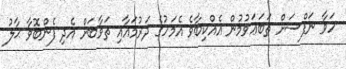
ހަވާ ނަފްސަށް ތަބަޢަވުމުން އެއްކިބާވެ އެމަހުގެ ދަރުމައާއި ޘަވާބަށް އެދި ފެންބޮވާ ޙާލު